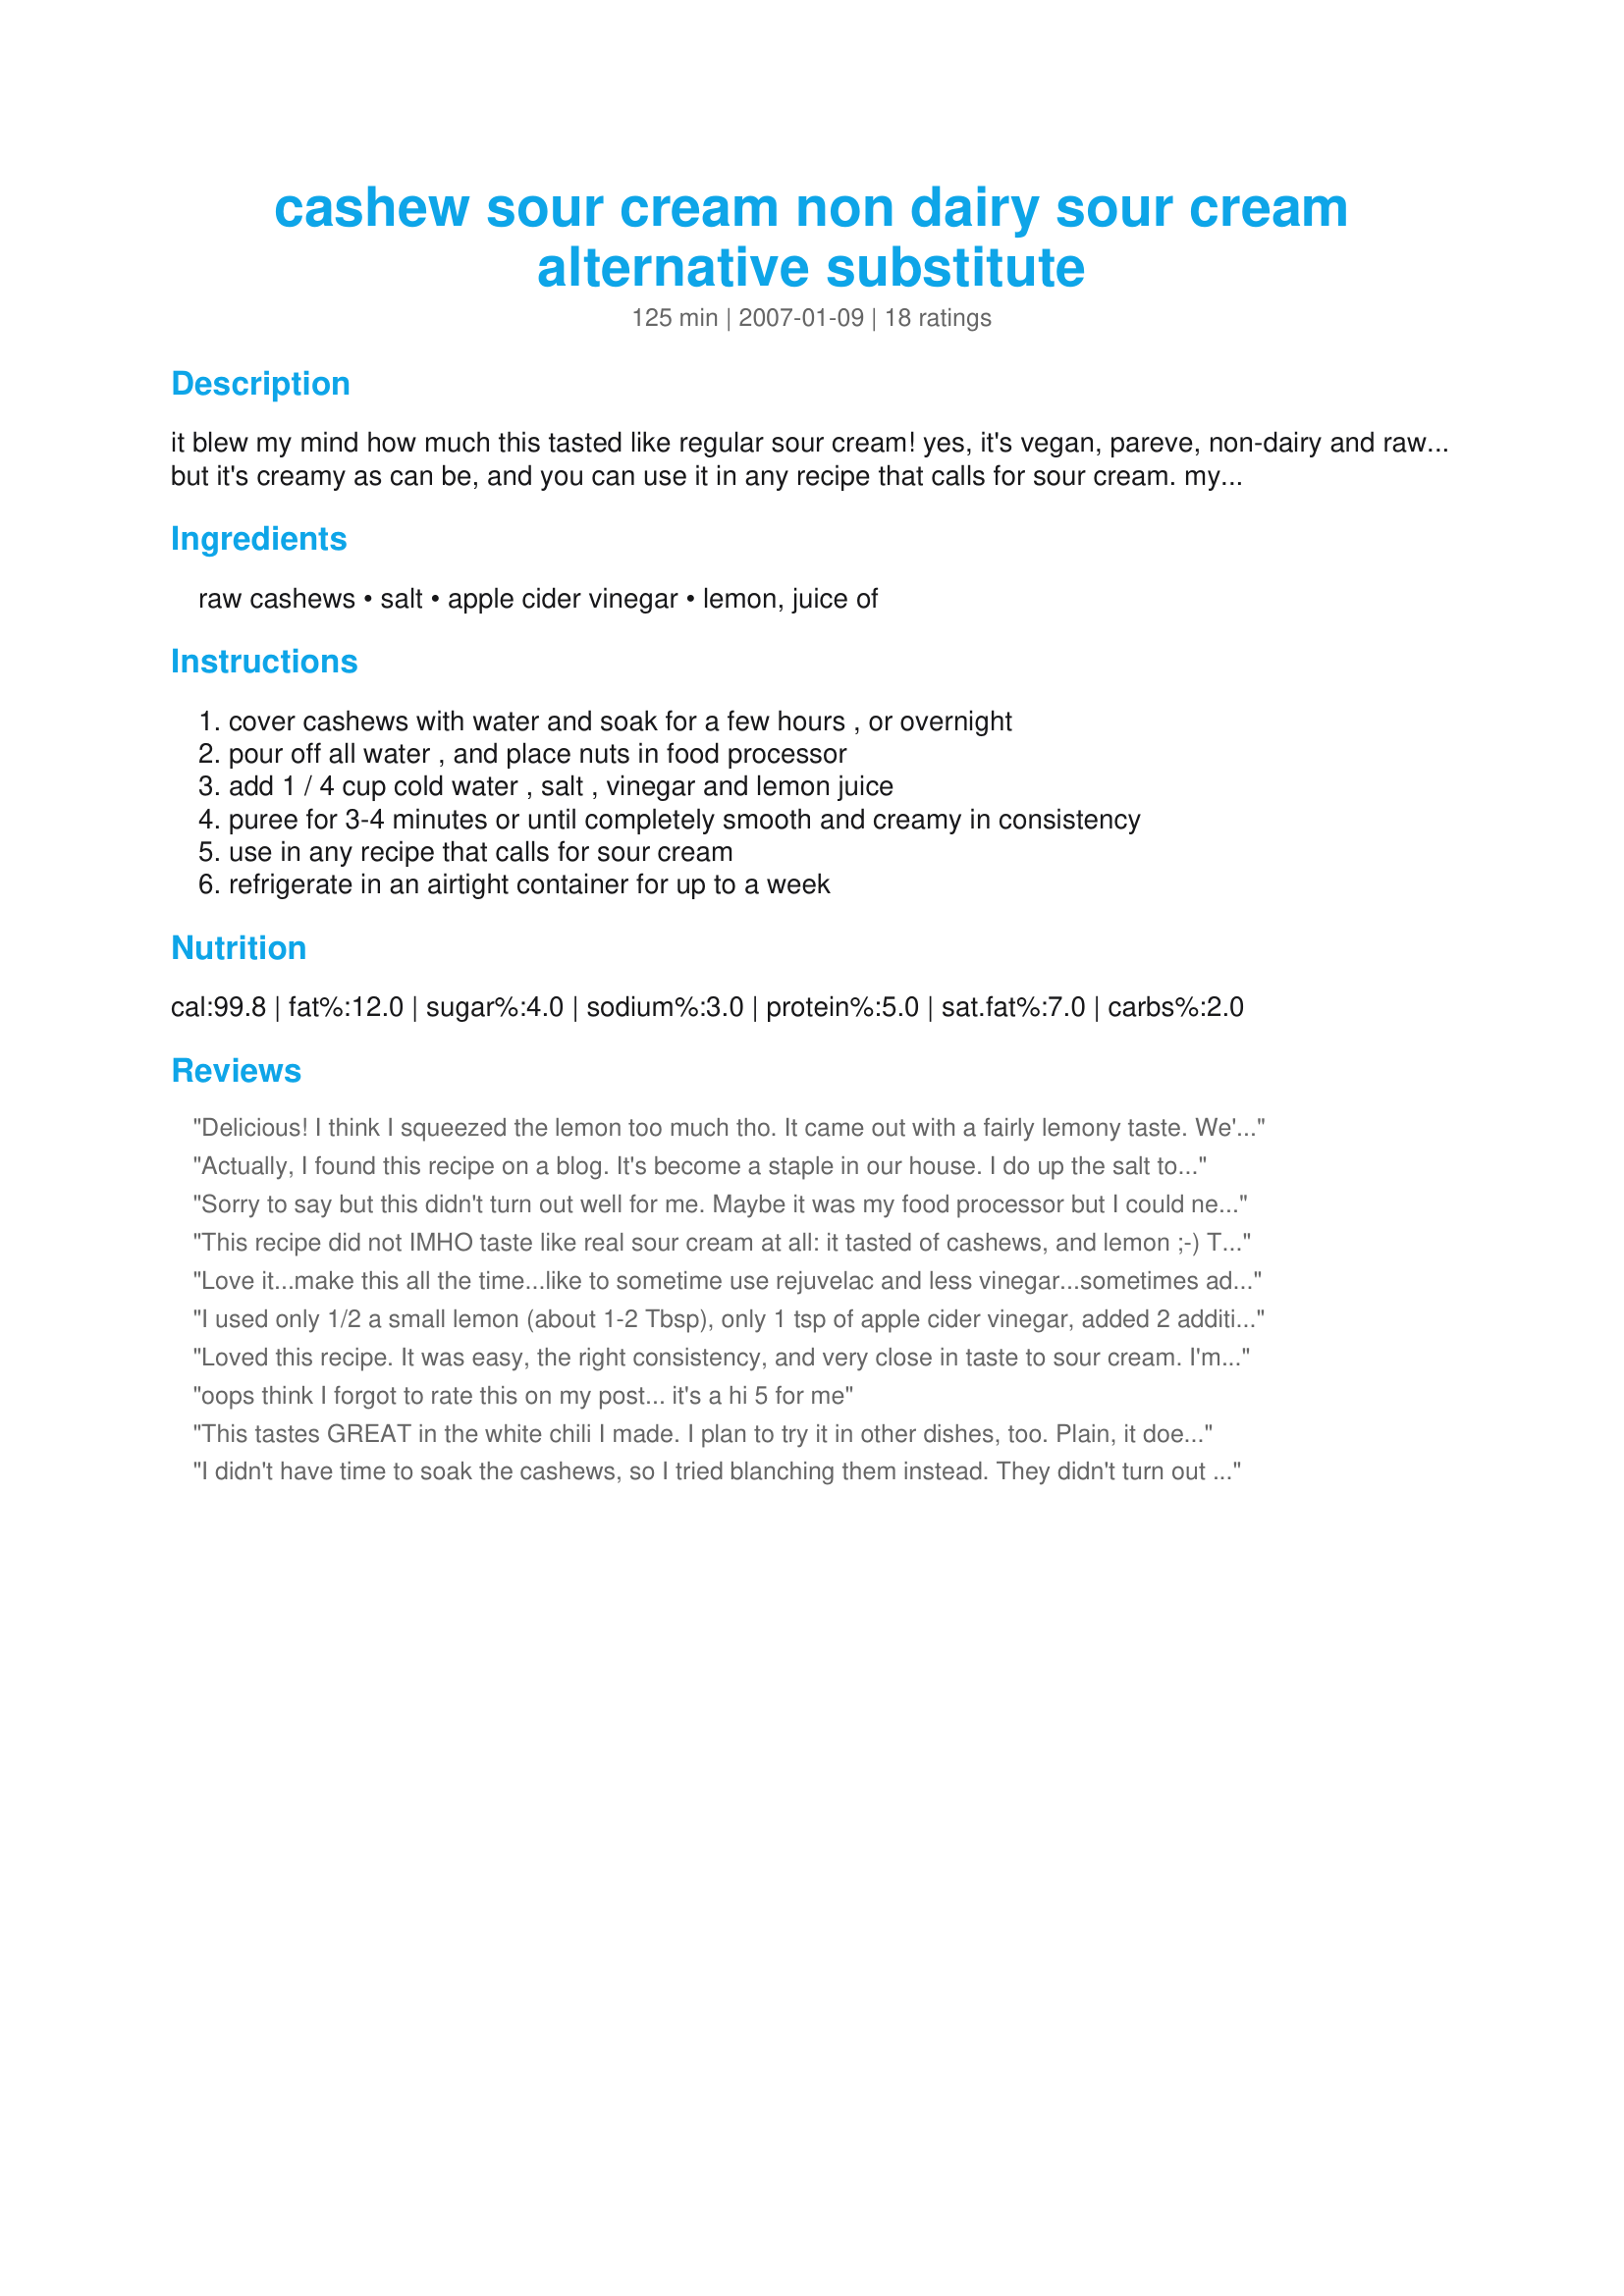
cashew sour cream non dairy sour cream alternative substitute
Preparation time: 125 minutes

it blew my mind how much this tasted like regular sour cream! yes, it's vegan, pareve, non-dairy and raw... but it's creamy as can be, and you can use it in any recipe that calls for sour cream. my lactose intolerant friend who hadn't eaten sour cream in years was in heaven when i served this to her. it refrigerates well. try it on black bean soup, burritos, nachos, or tamales. you can also use it to cool down spicy recipes, or put a dab of it on borscht (beet soup).

Ingredients:
raw cashews, salt, apple cider vinegar, lemon, juice of

Steps:
cover cashews with water and soak for a few hours , or overnight, pour off all water , and place nuts in food processor, add 1 / 4 cup cold water , salt , vinegar and lemon juice, puree for 3-4 minutes or until completely smooth and creamy in consistency, use in any recipe that calls for sour cream, refrigerate in an airtight container for up to a week

Reviews:
Delicious! I think I squeezed the lemon too much tho. It came out with a fairly lemony taste. We'll see how it tastes after it's chilled.
Actually, I found this recipe on a blog. It's become a staple in our house. I do up the salt to 1/2 tsp. and I add 1/2 tsp. onion powder and a tablespoon of dried chives to get rid of that cashew taste. My kids can't get enough of it, and I feel great knowing that it's so healthy!
Sorry to say but this didn't turn out well for me. Maybe it was my food processor but I could never get it to be completely smooth (despite the soaking and pureeing for 5-7 minutes in intervals) and the tiny bits of texture weren't appealing at all.
This recipe did not IMHO taste like real sour cream at all: it tasted of cashews, and lemon ;-) The reason I'm giving it four stars anyway, is that it worked amazingly well as a substitute for sour cream in both hearthy dishes and baking. I'm therefor truly thankful for this recipe!!! Adding half a tbsp of agave syrup made it a little less lemony for me.
Love it...make this all the time...like to sometime use rejuvelac and less vinegar...sometimes add mince garlic...love it ww/ me carrots or raw crackers...put it in my raw borscht this past Christmas and thought it was about time I review this gem...
I used only 1/2 a small lemon (about 1-2 Tbsp), only 1 tsp of apple cider vinegar, added 2 additional Tbsp of water, and soaked the cashews for 2 days. Delicious!
Loved this recipe. It was easy, the right consistency, and very close in taste to sour cream. I'm going to try it out with some guacamole next. ;-)
oops think I forgot to rate this on my post... it's a hi 5 for me
This tastes GREAT in the white chili I made. I plan to try it in other dishes, too. Plain, it doesn&#039;t really taste like sour cream, but it&#039;s hard to tell the difference in the recipe. For those who can&#039;t have dairy, or are watching their saturated fat intake, this is a wonderful substitute.
I didn't have time to soak the cashews, so I tried blanching them instead. They didn't turn out as well as I'd hoped, so I'll try soaking them correctly next time. I think that I also put in too much lemon juice (I used a rather large lemon), because adding the vinegar made it taste too acidic. My celiac friend and I (both of us have cow's milk allergies) had it with enchiladas, and he loved it! I wasn't so thrilled, but he hasn't had sour cream in a loooong time. I'll try it without the vinegar next time. I was also wondering if this might make a good substitute for tahini, since I'm allergic to sesame also... There are so many possibilities with this! I'm glad I found this recipe.
Allow me to begin by giving my thanks for an idea from which to start. I was at a complete loss for a vegan, soy free sour cream substitute until I discovered this one. However, I must agree that this recipe, if followed to the letter, does not taste like sour cream at all (more like cashews and lemon). My solution to the problem was as follows: I omitted the lemon all together and increased the apple cider vinegar to two tablespoons. Voila, perfect! For me personally (not the kids) adding a dash of dill and some garlic added a wonderful twist as well. :~)
I'm a huge fan of regular sour cream, but am a new vegan so I've been looking for alternatives. This version doesn't taste exactly the same, of course, but I was impressed with how close it came. Even my husband really liked it. I'll definitely make it again.
This makes a great basis for add-ins, but would be too plain for me without. I roasted a vidalia onion and a few cloves of garlic to blend in with the cashews. I upped the vinegar, used Bragg&#039;s liquid aminos for salt, and didn&#039;t use any water at all. Wow, it tasted great!
Wow! This is tasty. Not exactly the flavor of sour cream, but really good nonetheless! Based on some of the other reviews, I decided to leave out the vinegar. I'm sure I'll be making this again. Thank you! Reviewed for Healthy Choices ABC tag.
This makes my vegan heart sing! It's wonderful, and helps me keep my soy intake down.
Thank you so much for sharing this recipe, it turned out great with a couple of tweaks.
Can it be frozen?
Thank you for this totally awesome recipe. Taste almost the same as the dairy sour cream. I had 3 tsp of apple vinegar and 2 fat pinches of fleur de sel.
